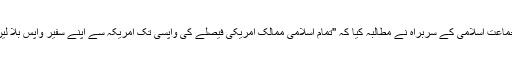
جماعت اسلامی کے سربراہ نے مطالبہ کیا کہ ''تمام اسلامی ممالک امریکی فیصلے کی واپسی تک امریکہ سے اپنے سفیر واپس بلا لیں۔